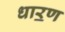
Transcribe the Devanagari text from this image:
धार॒ण